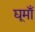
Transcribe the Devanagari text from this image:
द्यूमाँ